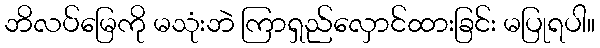
ဘိလပ်မြေကို မသုံးဘဲ ကြာရှည်လှောင်ထားခြင်း မပြုရပါ။